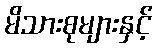
မိသားစုများနှင့်